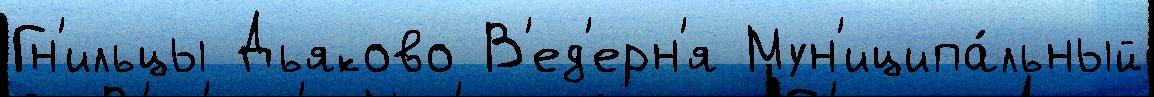
Гн'ильцы Дьяково В'ед'ерн'я Мун'иципа́льный